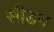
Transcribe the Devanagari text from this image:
सीडन